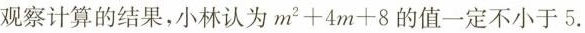
观察计算的结果，小林认为$$m^{ 2 } + 4 m + 8$$的值一定不小于5.